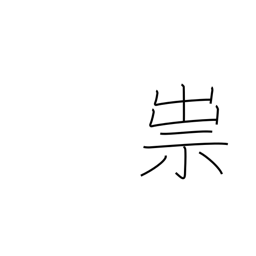
Meaning: curse